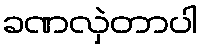
ခဏလှဲတာပါ